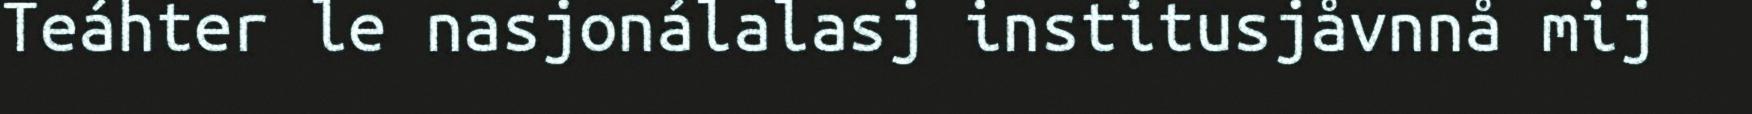
Teáhter le nasjonálalasj institusjåvnnå mij